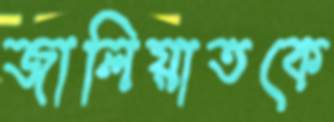
জালিয়াতকে